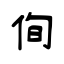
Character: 侚